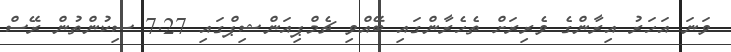
ވަނަ އަހަރު އިރާންގެ ވެރިރަށް ތެހެރާންގައި ބޭއްވި ޗެމްޕިއަންޝިޕްގައި 7.27 ސިކުންތުން ރޭސް